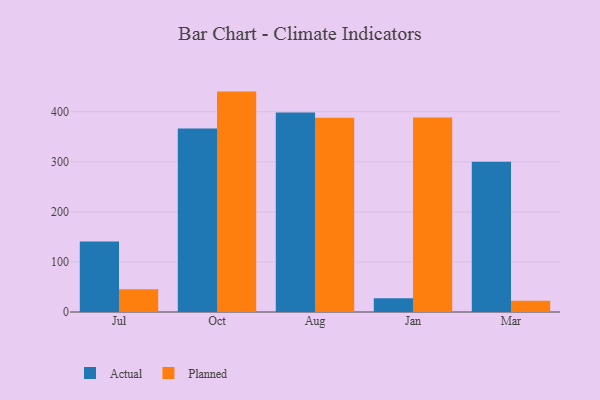
{"axis": {"x": "Month", "y": "Satisfaction Score"}, "legend": ["Actual", "Planned"], "data": [{"x": "Jul", "y": 140.7, "type": "Actual"}, {"x": "Jul", "y": 45.3, "type": "Planned"}, {"x": "Oct", "y": 366.3, "type": "Actual"}, {"x": "Oct", "y": 440.1, "type": "Planned"}, {"x": "Aug", "y": 398.2, "type": "Actual"}, {"x": "Aug", "y": 387.9, "type": "Planned"}, {"x": "Jan", "y": 27.7, "type": "Actual"}, {"x": "Jan", "y": 388.2, "type": "Planned"}, {"x": "Mar", "y": 299.8, "type": "Actual"}, {"x": "Mar", "y": 22.5, "type": "Planned"}]}